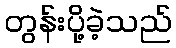
တွန်းပို့ခဲ့သည်